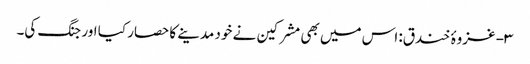
۳- غزوۂ خندق: اس میں بھی مشرکین نے خود مدینے کا حصار کیا اور جنگ کی۔